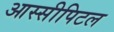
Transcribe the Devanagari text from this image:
आस्सीपिटल